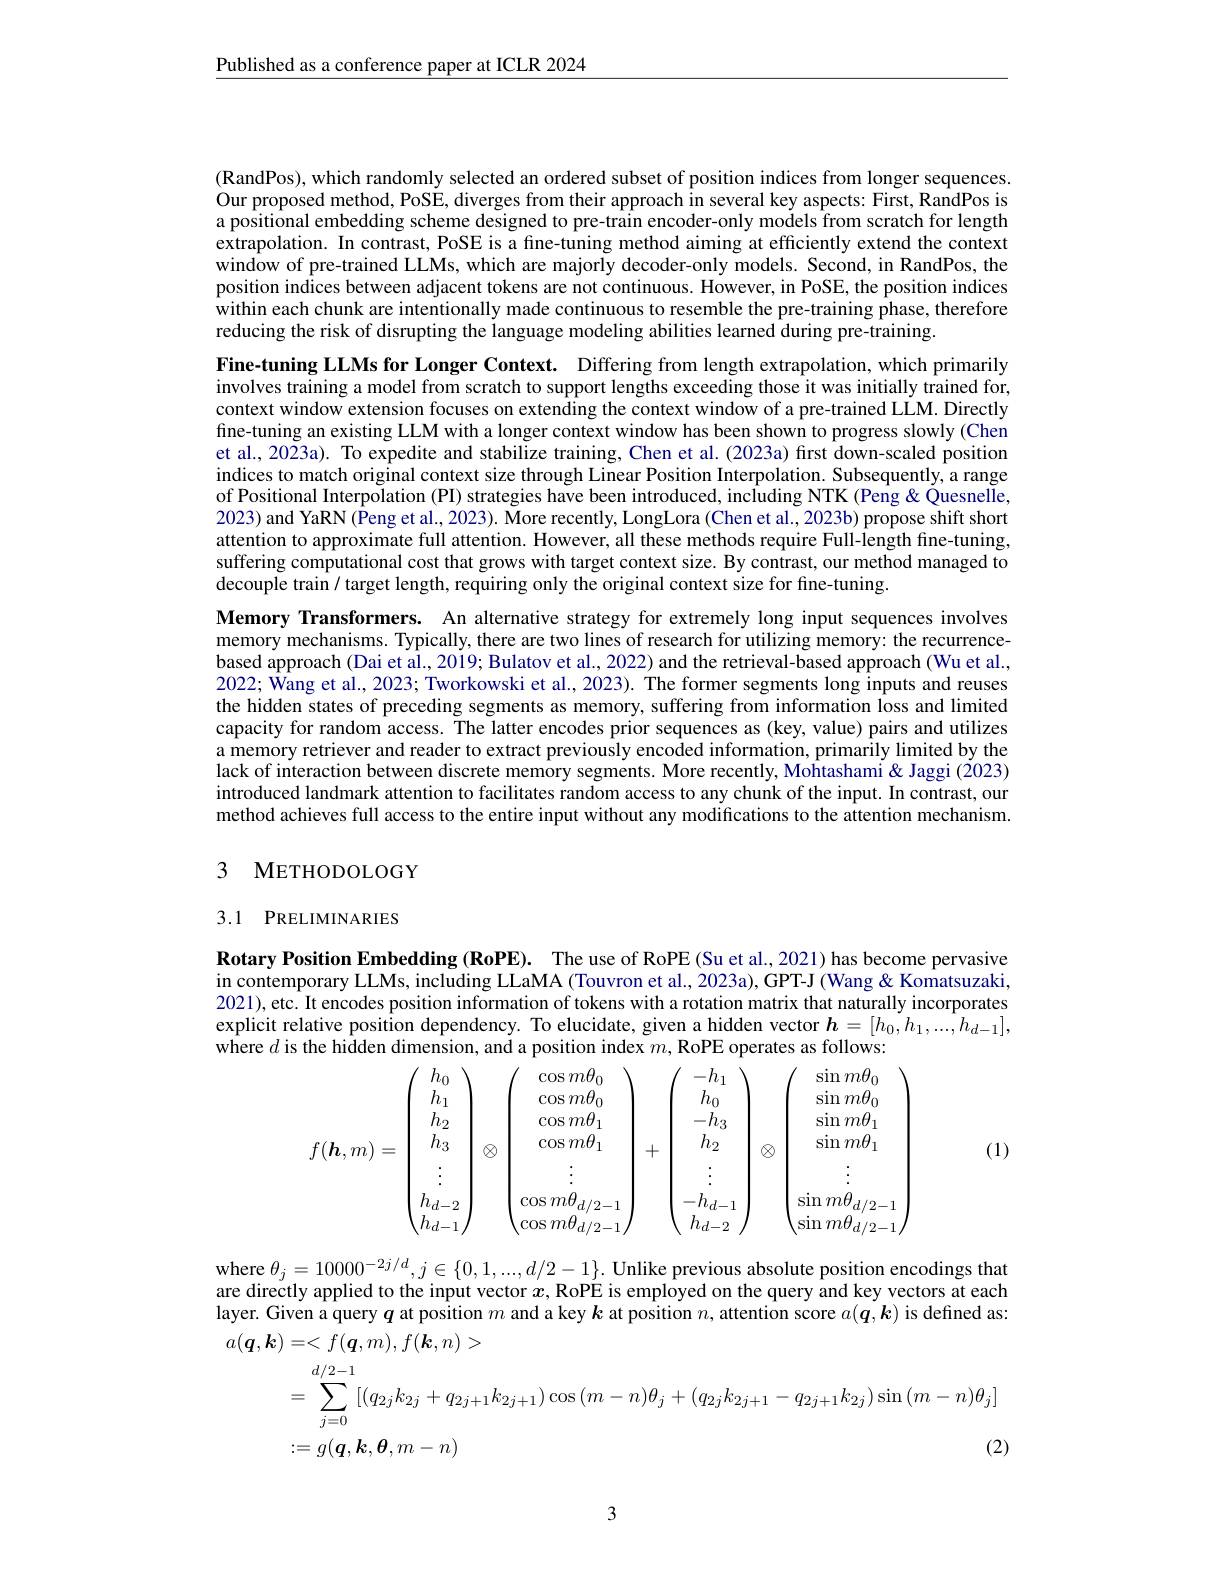
Published as a conference paper at ICLR 2024

(RandPos), which randomly selected an ordered subset of position indices from longer sequences. Our proposed method, PoSE, diverges from their approach În several key aspects: First, RandPos is a positional embedding scheme designed to pre-trâin encoder-only models from scratch for length extrapolation. In contrast, PoSE is a fine-tuning method aiming at efficiently extend the context window of pre-trained LLMs, which are majorly decoder-only models. Second, in RandPos, the position indices between adjacent tokens are not continuous. However, in PoSE, the position indices within each chunk are intentionally made continuous to resemble the pre-training phase, therefore reducing the risk of disrupting the language modeling abilities learned during pre-training.

Fine-tuning LLMs for Longer Context. Differing from length extrapolation, which primarily involves training a model from scratch to support lengths exceeding those it was initially trained for, context window extension focuses on extending the context window of a pre-trained LLM. Directly fine-tuning an existing LLM with a longer context window has been shown to progress slowly (Chen et al., 2023a). To expedite and stabilize training, Chen et al. (2023a) first down-scaled position indices to match original context size through Linear Position Interpolation. Subsequently, a range of Positional Interpolation (PI) strategies have been introduced, including NTK (Peng &Quesnelle, 2023) and YaRN(Peng et al., 2023). More recently, LongLora (Chen et al., 2023b) propose shift short attention to approximate full attention. However, all these methods require Full-length fine-tuning, suffering computational cost that grows with target context size. By contrast, our method managed to decouple train / target length, requiring only the original context size for fine-tuning.
Memory Transformers. An alternative strategy for extremely long input sequences involves memory mechanisms. Typically, there are two lines of research for utilizing memory: the recurrencebased approach (Dai et al., 2019; Bulatov et al., 2022) and the retrieval-based approach (Wu et al., 2022; Wang et al., 2023; Tworkowski et al., 2023). The former segments long inputs and reuses the hidden states of preceding segments as memory, suffering from information loss and limited capacity for random access. The latter encodes prior sequences as (key, value) pairs and utilizes a memory retriever and reader to extract previously encoded information, primarily limited by the lack of interaction between discrete memory segments. More recently, Mohtashami& Jaggi (2023) introduced landmark attention to facilitates random access to any chunk of the input. In contrast, our method achieves full access to the entire input without any modifications to the attention mechanism.

## 3 METHODOLOGY

## 3.1 PRELIMINARIES

Rotary Position Embedding (RoPE). The use of RoPE (Su et al., 2021) has become pervasive in contemporary LLMs, including LLaMA (Touvron et al., 2023a), GPT-J (Wang & Komatsuzaki, 2021), etc. It encodes position information of tokens with a rotation matrix that naturally incorporates explicit relative position dependency. To elucidate, given a hidden vector $\boldsymbol{h}=[h_0,h_1,...,h_{d-1}]$, where $d$ is the hidden dimension, and a position index $m$, RoPE operates as follows:

(1)
$$f(\boldsymbol{h},m)=\begin{pmatrix}h_0\\h_1\\h_2\\h_3\\\vdots\\h_{d-2}\\h_{d-1}\end{pmatrix}\otimes\begin{pmatrix}\cos m\theta_0\\\cos m\theta_0\\\cos m\theta_1\\\cos m\theta_1\\\vdots\\\cos m\theta_{d/2-1}\\\cos m\theta_{d/2-1}\end{pmatrix}+\begin{pmatrix}-h_1\\h_0\\-h_3\\\vdots\\-h_{d-1}\\h_{d-2}\end{pmatrix}\otimes\begin{pmatrix}\sin m\theta_0\\\sin m\theta_0\\\sin m\theta_1\\\vdots\\\sin m\theta_{d/2-1}\\\sin m\theta_{d/2-1}\end{pmatrix}$$
where $\theta_j=10000^{-2j/d},j\in\{0,1,...,d/2-1\}.$ Unlike previous absolute position encodings that are directly applied to the input vector $x$, RoPE is employed on the query and key vectors at each layer. Given a query $q$ at position $m$ and a key $\boldsymbol{k}$ at position $n$, attention score $a(\boldsymbol{q},\boldsymbol{k})$ is defined as:
$$\begin{aligned}a(\boldsymbol{q},\boldsymbol{k})&=<f(\boldsymbol{q},m),f(\boldsymbol{k},n)>\\&=\sum_{j=0}^{d/2-1}[(q_{2j}k_{2j}+q_{2j+1}k_{2j+1})\cos{(m-n)\theta_{j}}+(q_{2j}k_{2j+1}-q_{2j+1}k_{2j})\sin{(m-n)\theta_{j}}]\\&:=g(\boldsymbol{q},\boldsymbol{k},\boldsymbol{\theta},m-n)&\text{(2)}\end{aligned}$$
3